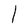
Character: l